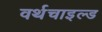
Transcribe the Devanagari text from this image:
वर्थचाइल्ड